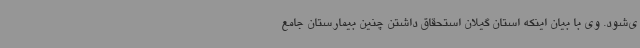
ی‌شود. وی با بیان اینکه استان گیلان استحقاق داشتن چنین بیمارستان جامع